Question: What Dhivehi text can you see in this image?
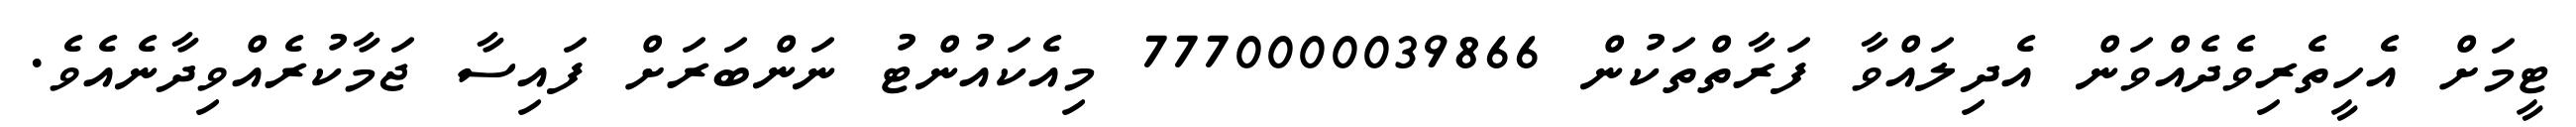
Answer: ޓީމަށް އެހީތެރިވެދެއްވަން އެދިލައްވާ ފަރާތްތަކުން 7770000039866 މިއެކައުންޓު ނަންބަރަށް ފައިސާ ޖަމާކުރެއްވިދާނެއެވެ.